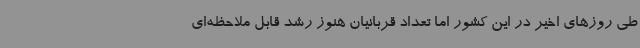
طی روزهای اخیر در این کشور اما تعداد قربانیان هنوز رشد قابل ملاحظه‌ای